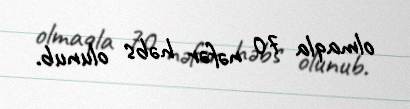
olmaqla 70 nəfər həbs olunub.